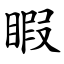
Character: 睱